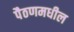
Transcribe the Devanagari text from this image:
पैठणमधील